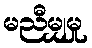
မညီမျှမှု